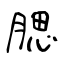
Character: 腮